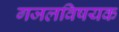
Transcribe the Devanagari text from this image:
गजलविषयक